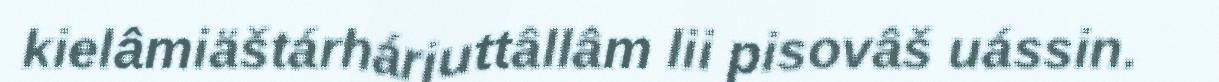
kielâmiäštárhárjuttâllâm lii pisovâš uássin.